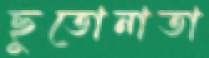
ছুতোনাতা